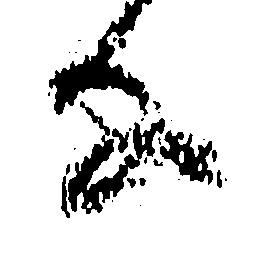
な